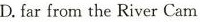
D.far from the River Cam